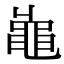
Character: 𪓓